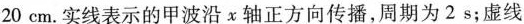
20cm.实线表示的甲波沿x轴正方向传播，周期为2s；虚线